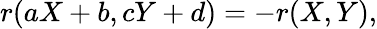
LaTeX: r(aX+b,cY+d)=-r(X,Y),